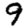
Digit: 9